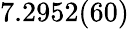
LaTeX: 7.2952(60)